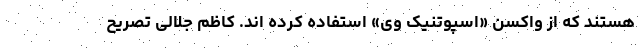
هستند که از واکسن «اسپوتنیک وی» استفاده کرده اند. کاظم جلالی تصریح